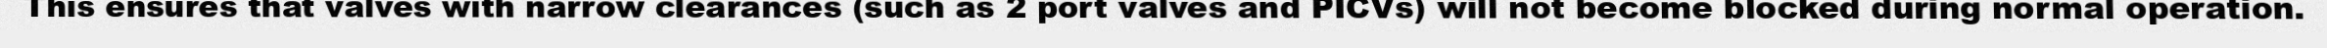
This ensures that valves with narrow clearances (such as 2 port valves and PICVs) will not become blocked during normal operation.